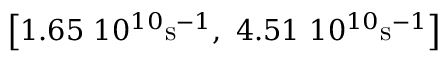
\left[ 1 . 6 5 ~ 1 0 ^ { 1 0 } \mathrm { s } ^ { - 1 } , ~ 4 . 5 1 ~ 1 0 ^ { 1 0 } \mathrm { s } ^ { - 1 } \right]